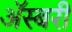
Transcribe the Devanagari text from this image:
ॲस्बरी